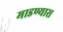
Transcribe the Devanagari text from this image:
माडण्यास